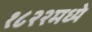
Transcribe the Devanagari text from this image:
१८२२मध्ये